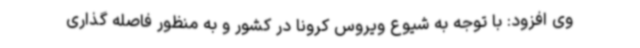
وی افزود: با توجه به شیوع ویروس کرونا در کشور و به منظور فاصله گذاری